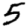
Digit: 5